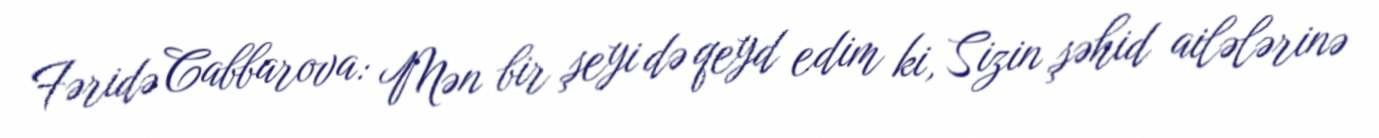
Fəridə Cabbarova: Mən bir şeyi də qeyd edim ki, Sizin şəhid ailələrinə